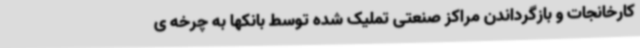
کارخانجات و بازگرداندن مراکز صنعتی تملیک شده توسط بانکها به چرخه ی